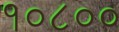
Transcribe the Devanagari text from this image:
१०८००